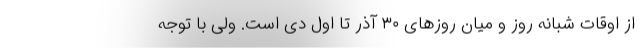
از اوقات شبانه روز و میان روزهای ۳۰ آذر تا اول دی است. ولی با توجه